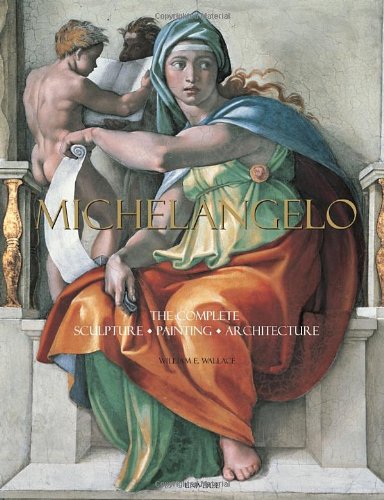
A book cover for Michelangelo: The Complete Sculpture, Painting, Architecture; William E. Wallace; Arts & Photography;